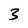
Character: 3